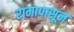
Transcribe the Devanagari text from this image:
रामापासून